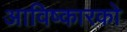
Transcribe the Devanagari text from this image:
आविष्कारको